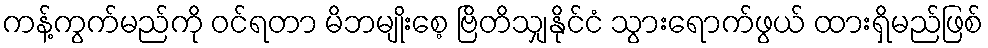
ကန့်ကွက်မည်ကို ဝင်ရတာ မိဘမျိုးစေ့ ဗြိတိသျှနိုင်ငံ သွားရောက်ဖွယ် ထားရှိမည်ဖြစ်